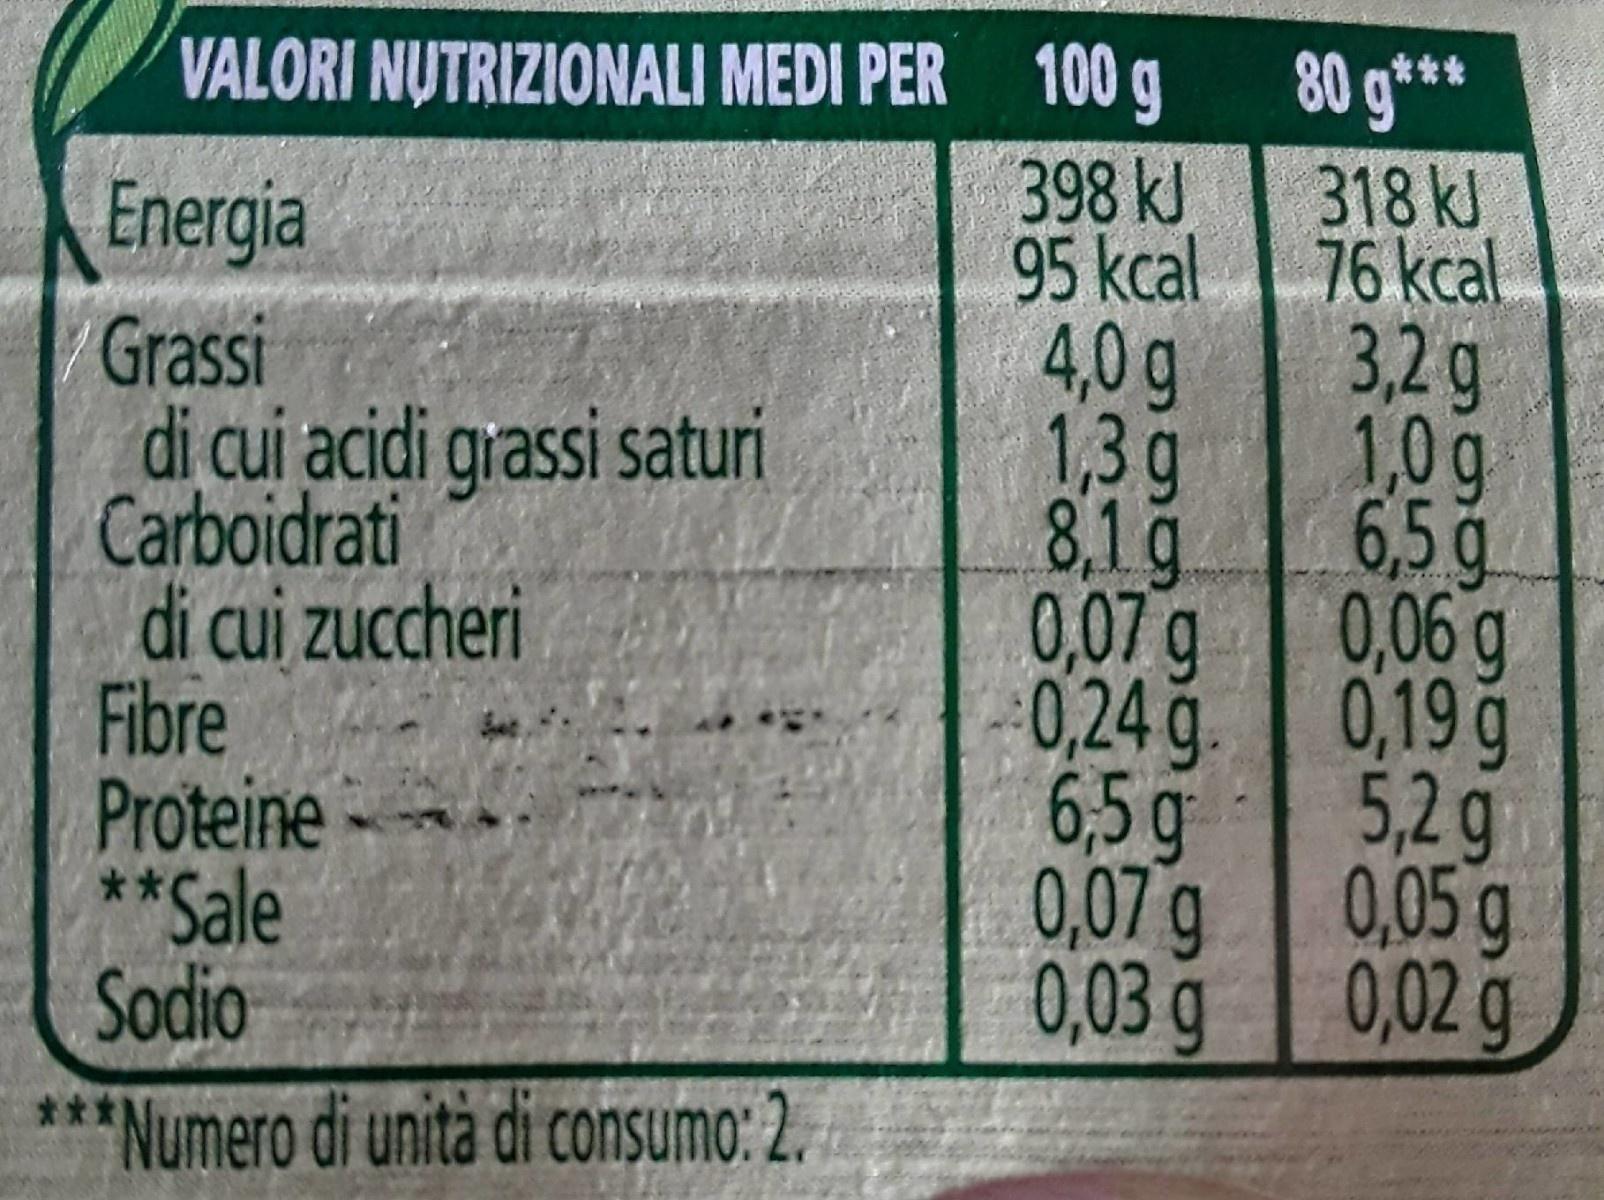
VALORI NUTRIZIONALI MEDI PER 100 g 398 kJ 95kcal 4,0 g 1,3g 8,1g 0,07g 0,24 g. 6,5 g 0,07g 0,03g
80 g**
318kJ
Energia
76 kcal
3,2g 1,0g
Grassi di cui acidi grassi saturi Carboidrati di cui zuccheri Fibre Proteine **Sale Sodio
6,5 g 0,06 g
0,19 g 5,2g 0,05g 0,02 g
***
Numero di unità di consumo: 2.